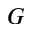
G